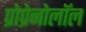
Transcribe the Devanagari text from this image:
प्रोप्रेनोलॉल